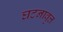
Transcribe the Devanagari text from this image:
घटनावृत्त